Senior Leaving Certificate Examination (including Day School Certificate (Higher) General paper), 1948
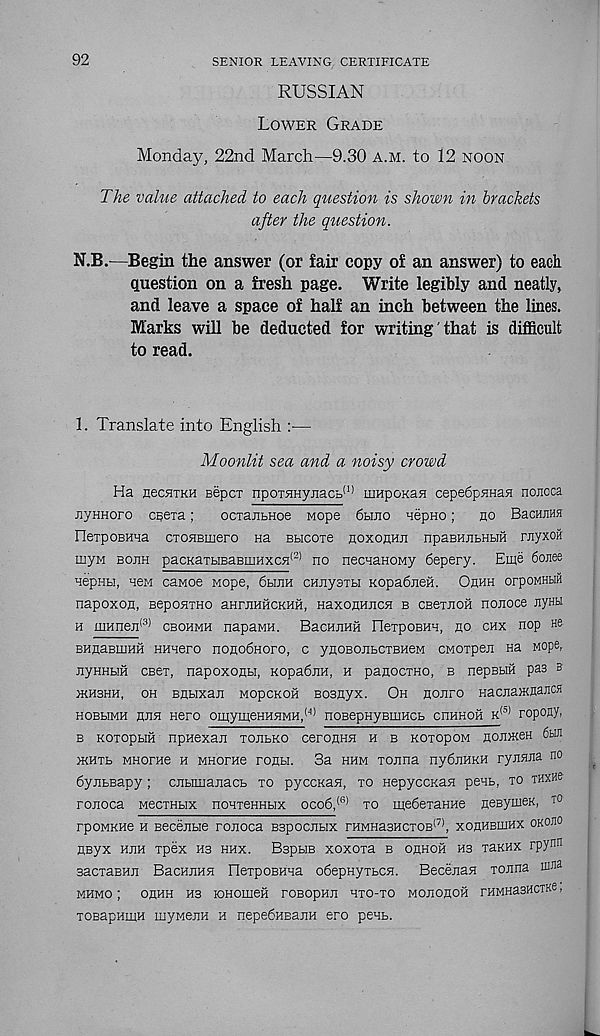
92
SENIOR LEAVING CERTIFICATE
RUSSIAN
Lower Grade
Monday, 22nd March—9.30 a.m. to 12 noon
The value attached to each question is shown in brackets
after the question.
N.B.—Begin the answer (or fair copy of an answer) to each
Question on a fresh page. Write legibly and neatly,
and leave a space of half an inch between the lines.
Marks will be deducted for writing that is difficult
to read.
1. Translate into English :—
Moonlit sea and a noisy crowd
Ha uecaiKH Bepcx npoT5myjiaco (1) mnpoKasi cepe6pHHasi nojioca
nyHHoro cBexa;
ocxajibHoe Mope 6hjio nepno;
ho BacHJiHs
FlexpoBma cxoHBmero Ha Bbicoxe hoxohhji npaBHjibHbiH rnyxoir
myM bojih pacKaxbiBaBmHxcH (2) no necnaHOMy 6epery. Eme 6ojiee
nepHbi, H6M caMoe nope, 6bmH cnjiyoxbi Kopa6neH. Ohhh orpoMHHH
napoxon, BeponxHO aHrnnncKHM, HaxoHHJicn b CBexHOH noiioce Jiynu
h mnneji* 31 cbohmh napaMH. BacHHHn IlexpoBHH, ho chx nop He
BHnaBiiiHH HHnero nono6Horo, c ynoBOHbcxBneM CMOxpeji Ha Mope,
HyHHbiH cbcx, napoxonbi, Kopafijra, h panocxHo, b nepBbin pas s
JKH3HH, OH BHblXajI MOpCKOH B03HyX. Oh HOHrO HaCHaffiHaJICH
HOBbIMH HJ1H Hero OI^ylJ^eHHHMH, ( ' l, nOBepHyBIIIHCb cnHHOH k (3) ropony,
b KoxopHH npHexaji xojibko ceroflHH h b KoxopoM nonHceH otffl
iKHxb MHorae h MHorae ronn. 3a hhm xoima ny6HHKH rynsma no
6ynbBapy; cjibimajiacb xo pyccKan, xo HepyccKaa penb, xo thxhg
ronoca wecxHbix nonxeHHbix oco6, (6) xo me6exaHHe neBymeK, t°
rpoMKHe h Becejibie rojioca Bspocnbix rHMHa3HcxoB (7) , xohhbiuhx okojio
HByx hjih xpex ms hhx. BspbiB xoxoxa b ohhoh hs xaKHX rpynn
sacxaBHji BacHjiHsi HexpoEHna o6epHyxbCH. BecenaH xonna mna
MHMO ; OHHH H3 lOHOIIieH rOBOpHJI HXO-XO MOHOHOH FHMHaSHCTKe,
TOBapHmH inywenH h nepe6HBanH ero penb.